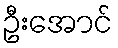
ဦးအောင်